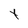
Character: t